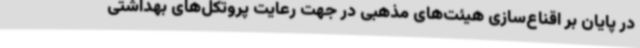
در پایان بر اقناع‌سازی هیئت‌های مذهبی در جهت رعایت پروتکل‌های بهداشتی